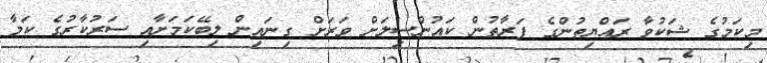
މިކަމުގެ ޝަކުވާ ރައްޔިތުންގެ ފަރާތުން ކައުންސިލަށް ވަރަށް ގިނައިން ލިބޭކަމަށާއި ސަރުކާރުގެ ކަމާ